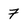
Character: 7